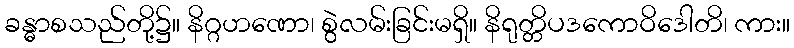
ခန္ဓာစသည်တို့၌။ နိဂ္ဂဟဏော၊ စွဲလမ်းခြင်းမရှိ။ နိရုတ္တိပဒကောဝိဒေါတိ၊ ကား။